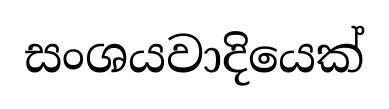
සංශයවාදියෙක්